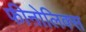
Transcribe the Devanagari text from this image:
फीऩोलिक्स